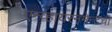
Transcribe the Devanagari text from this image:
एन्व्हायरनमेन्टची